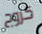
كزوج